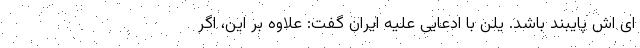
ای اش پایبند باشد. یلن با ادعایی علیه ایران گفت: علاوه بر این، اگر